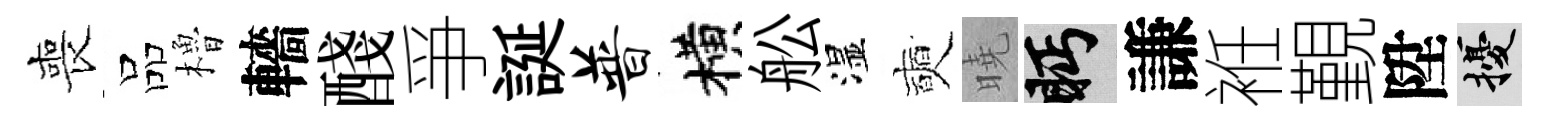
喪品櫓轖醆爭誕普横舩湿奭曉眄謙袵覲陞擾